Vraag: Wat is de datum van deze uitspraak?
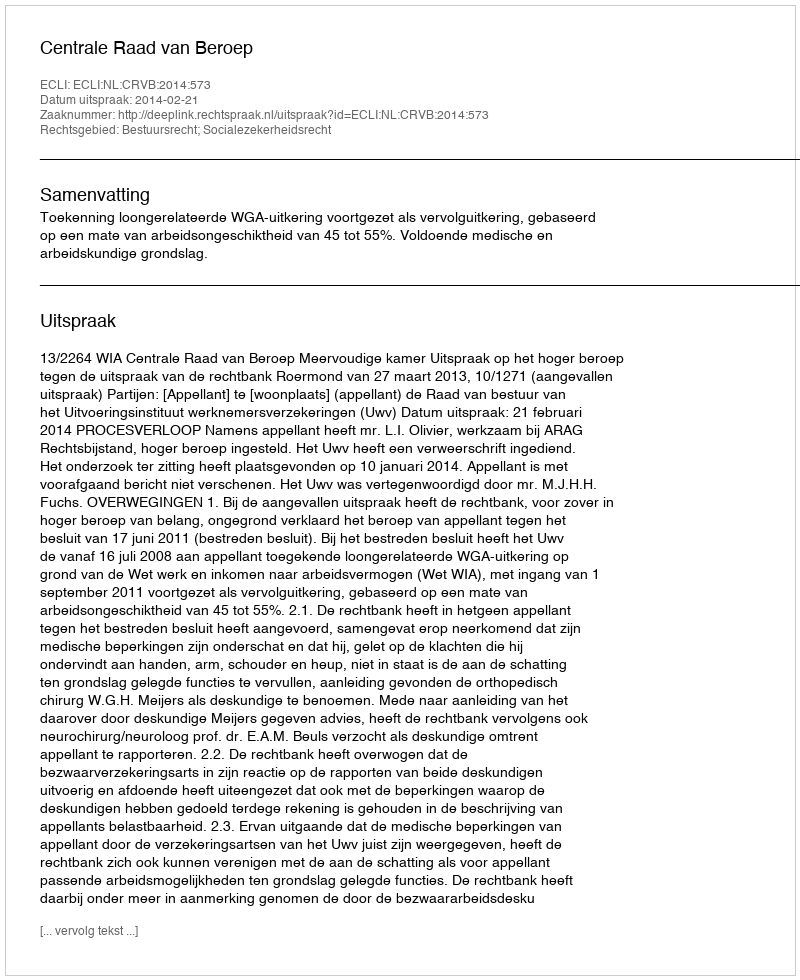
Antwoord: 2014-02-21